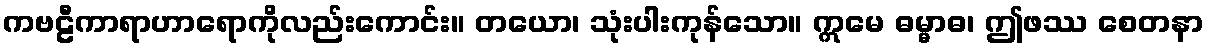
ကဗဠီကာရာဟာရောကိုလည်းကောင်း။ တယော၊ သုံးပါးကုန်သော။ ဣမေ ဓမ္မာဓ၊ ဤဖဿ စေတနာ